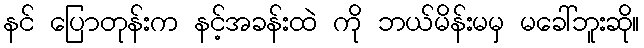
နင် ပြောတုန်းက နင့်အခန်းထဲ ကို ဘယ်မိန်းမမှ မခေါ်ဘူးဆို။